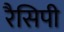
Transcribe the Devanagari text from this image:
रैसिपी